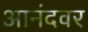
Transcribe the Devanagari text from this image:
आनंदवर